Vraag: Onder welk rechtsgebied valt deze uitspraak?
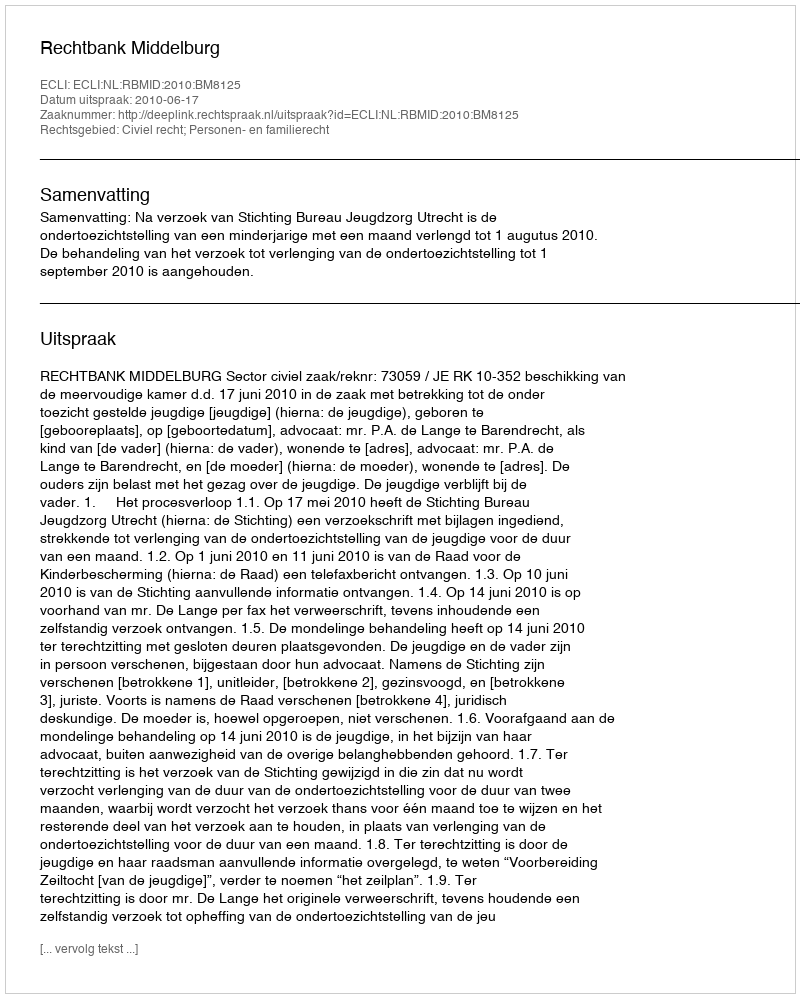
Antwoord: Civiel recht; Personen- en familierecht